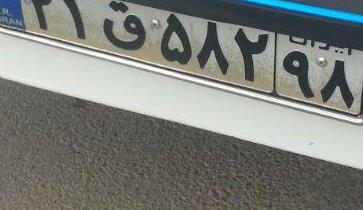
۲۱ق۵۸۲۹۸